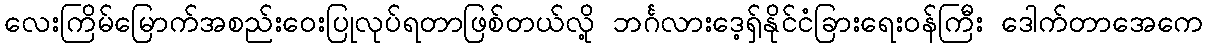
လေးကြိမ်မြောက်အစည်းဝေးပြုလုပ်ရတာဖြစ်တယ်လို့ ဘင်္ဂလားဒေ့ရှ်နိုင်ငံခြားရေးဝန်ကြီး ဒေါက်တာအေကေ